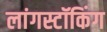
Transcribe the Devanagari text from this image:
लांगस्टॉकिंग